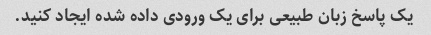
یک پاسخ زبان طبیعی برای یک ورودی داده شده ایجاد کنید.